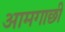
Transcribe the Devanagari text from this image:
आमगाछी